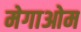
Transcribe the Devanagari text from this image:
मेगाओम